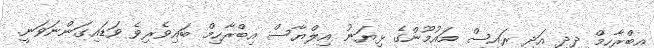
އިބްރާހިމް ދީދީ އަދި ރައީސް މައުމޫންގެ ޅިޔަނު އިލްޔާސް އިބްރާހިމް ބައިވެރިވެ ވަޑައިގަންނަވަނީ.